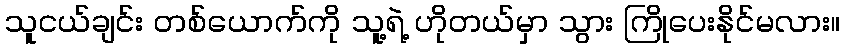
သူငယ်ချင်း တစ်ယောက်ကို သူ့ရဲ့ ဟိုတယ်မှာ သွား ကြိုပေးနိုင်မလား။